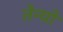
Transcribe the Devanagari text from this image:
तेन्यो